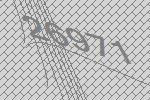
26971